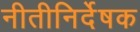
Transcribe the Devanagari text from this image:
नीतीनिर्देषक